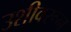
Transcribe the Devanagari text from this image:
उशीवरून